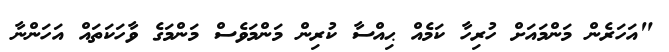
"އަހަރެން މަންމައަށް ހުރިހާ ކަމެއް ޙިއްސާ ކުރިން މަންމަވެސް މަންމަގެ ވާހަކަތައް އަހަންނާ